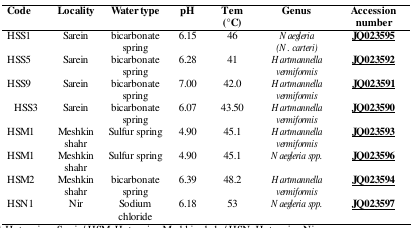
<table><thead><tr><td><b>Code</b></td><td><b>Locality</b></td><td><b>Water type</b></td><td><b>pH</b></td><td><b>Tem (°C)</b></td><td><b>Genus</b></td><td><b>Accession number</b></td></tr></thead><tbody><tr><td>HSS1</td><td>Sarein</td><td>bicarbonate spring</td><td>6.15</td><td>46</td><td><i>Naegleria (N. carteri)</i></td><td><b><underline>JQ023595</underline></b></td></tr><tr><td>HSS5</td><td>Sarein</td><td>bicarbonate spring</td><td>6.28</td><td>41</td><td><i>Hartmannella vermiformis</i></td><td><b><underline>JQ023592</underline></b></td></tr><tr><td>HSS9</td><td>Sarein</td><td>bicarbonate spring</td><td>7.00</td><td>42.0</td><td><i>Hartmannella vermiformis</i></td><td><b><underline>JQ023591</underline></b></td></tr><tr><td>HSS3</td><td>Sarein</td><td>bicarbonate spring</td><td>6.07</td><td>43.50</td><td><i>Hartmannella vermiformis</i></td><td><b><underline>JQ023590</underline></b></td></tr><tr><td>HSM1</td><td>Meshkin shahr</td><td>Sulfur spring</td><td>4.90</td><td>45.1</td><td><i>Hartmannella vermiformis</i></td><td><b><underline>JQ023593</underline></b></td></tr><tr><td>HSM1</td><td>Meshkin shahr</td><td>Sulfur spring</td><td>4.90</td><td>45.1</td><td><i>Naegleria spp</i>.</td><td><b><underline>JQ023596</underline></b></td></tr><tr><td>HSM2</td><td>Meshkin shahr</td><td>bicarbonate spring</td><td>6.39</td><td>48.2</td><td><i>Hartmannella vermiformis</i></td><td><b><underline>JQ023594</underline></b></td></tr><tr><td>HSN1</td><td>Nir</td><td>Sodium chloride</td><td>6.18</td><td>53</td><td><i>Naegleria spp</i>.</td><td><b><underline>JQ023597</underline></b></td></tr></tbody></table>